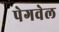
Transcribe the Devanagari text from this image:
पेगवेल